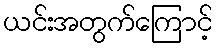
ယင်းအတွက်ကြောင့်